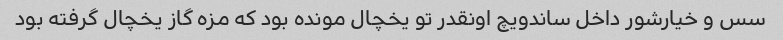
سس و خیارشور داخل ساندویچ اونقدر تو یخچال مونده بود که مزه گاز یخچال گرفته بود